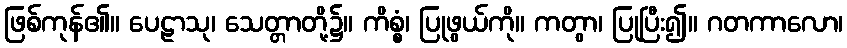
ဖြစ်ကုန်၏။ ပေဠာသု၊ သေတ္တာတို့၌။ ကိစ္စံ၊ ပြုဖွယ်ကို။ ကတွာ၊ ပြုပြီး၍။ ဂတကာလော၊